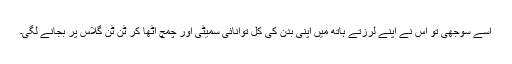
اسے سوجھی تو اس نے اپنے لرزتے ہاتھ میں اپنی بدن کی کل توانائی سمیٹی اور چمچ اٹھا کر ٹن ٹن گلاس پر بجانے لگی۔